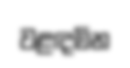
වළඳමින